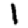
Digit: 1